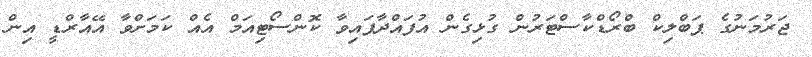
ޖަރުމަނުގެ ޕަބްލިކް ބްރޯޑްކާސްޓަރުން ގުޅިގެން އުފައްދާފައިވާ ކޮންސޯޓިއަމް އެއް ކަމަށްވާ އޭއާރްޑީ އިން